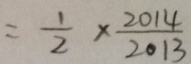
= \frac { 1 } { 2 } \times \frac { 2 0 1 4 } { 2 0 1 3 }